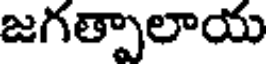
జగత్పాలాయ